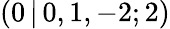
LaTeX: (0\, |\, 0,1,-2;2)